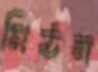
মিঠন